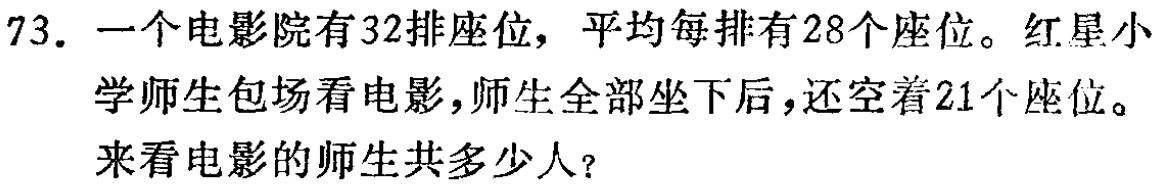
73. 一个电影院有32排座位，平均每排有28个座位。红星小学师生包场看电影，师生全部坐下后，还空着21个座位。来看电影的师生共多少人？